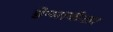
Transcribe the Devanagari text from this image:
डेन्मार्कला